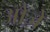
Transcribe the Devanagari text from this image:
ओज़े